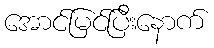
အောင်မြင်ပြီးနောက်